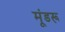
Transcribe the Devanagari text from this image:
मूंडरू